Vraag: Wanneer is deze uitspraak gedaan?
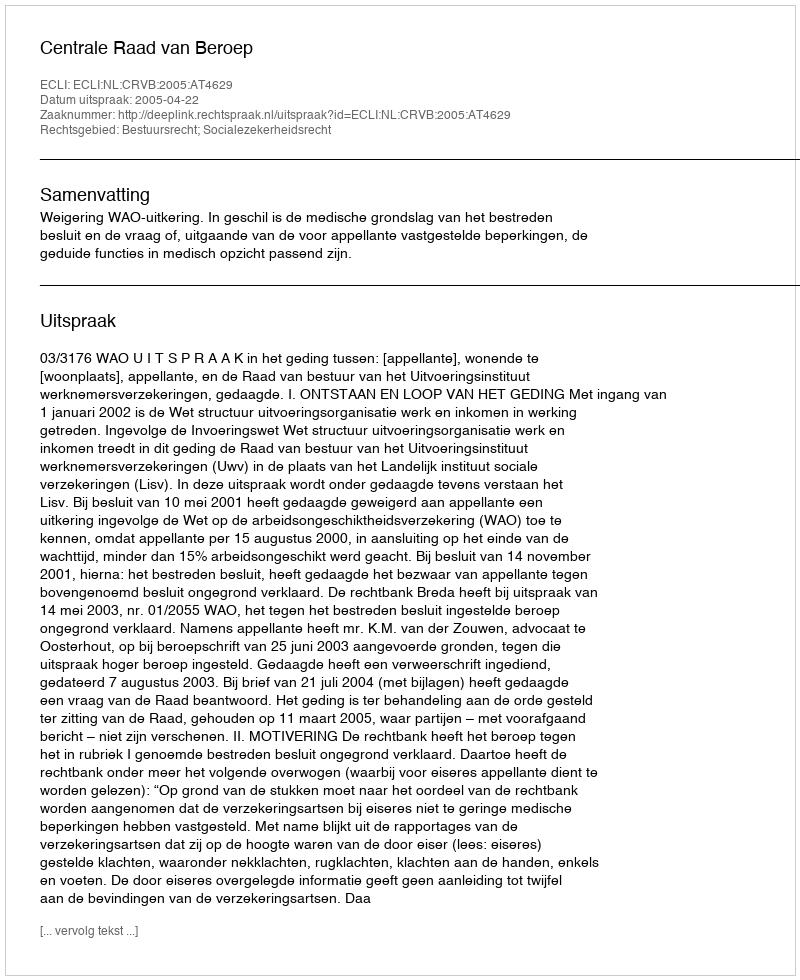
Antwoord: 2005-04-22